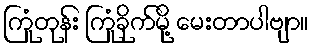
ကြုံတုန်း ကြုံခိုက်မို့ မေးတာပါဗျာ။